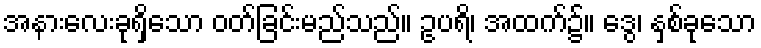
အနားလေးခုရှိသော ဝတ်ခြင်းမည်သည်။ ဥပရိ၊ အထက်၌။ ဒွေ၊ နှစ်ခုသော